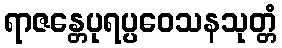
ရာဇန္တေပုရပ္ပဝေသနသုတ္တံ